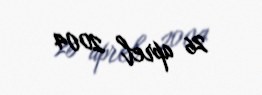
26 aprel 2004